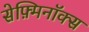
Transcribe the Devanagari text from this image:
सेफ़्मिनॉक्स